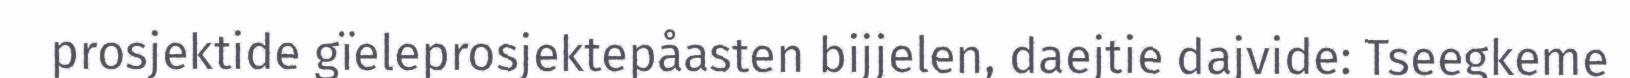
prosjektide gïeleprosjektepåasten bijjelen, daejtie dajvide: Tseegkeme